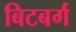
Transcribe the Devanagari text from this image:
बिटबर्ग